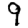
Digit: 9